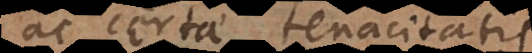
ac certae tenacitatis